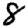
Digit: 8